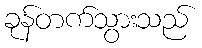
ခုန်တက်သွားသည်